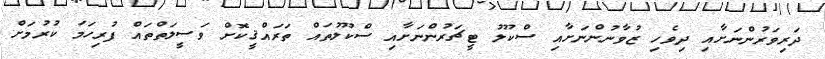
ދަރިވަރުންނަށާއި ދިވެހި ޒުވާނުންނަށާއި ސްކޫލު ޓީޗަރުންނަށާއި ސްކޫލުތައް ތަރައްޤީކޮށް ވަސީލަތްތައް ފުރިހަމަ ކުރުމަށް